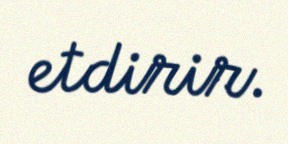
etdirir.